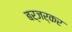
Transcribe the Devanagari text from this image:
बर्जर्कर